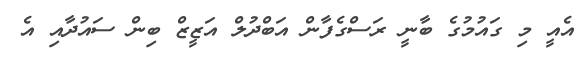
އެއީ މި ގައުމުގެ ބާނީ ރަސްގެފާން އަބްދުލް އަޒީޒް ބިން ސައުދާއި އެ